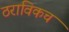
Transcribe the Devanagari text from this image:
ठराविकच